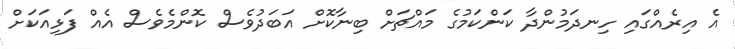
އެ އިރެއްގައި ހިނދަމުންދާ ކަންކަމުގެ މައްޗަށް ބިނާކޮށް އަބަދުވެސް ކޮންމެވެސް އެއް ފަޅިއަކަށް